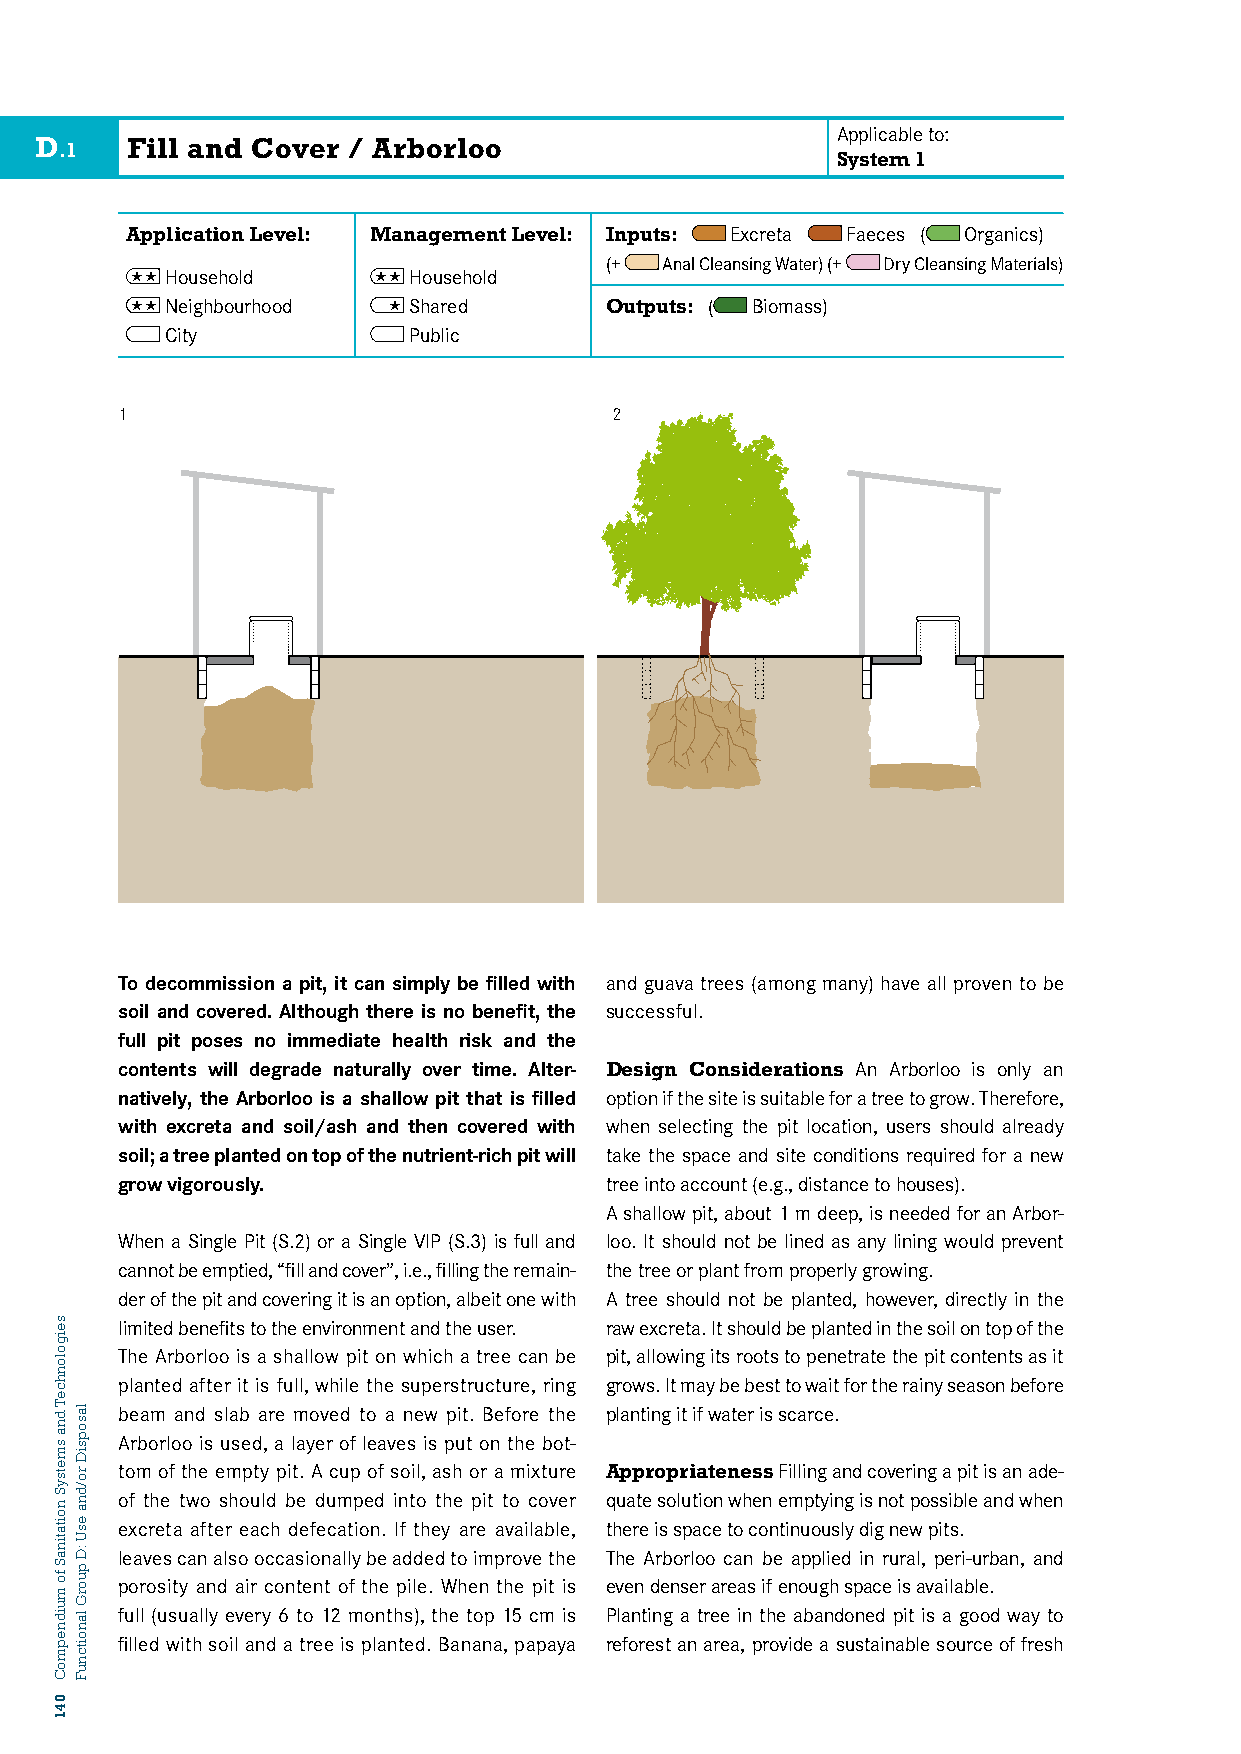
Applicable to:
 D     Fill and Cover / Arborloo
 .1
 System 1
 Application Level: Management Level: Inputs: Excreta Faeces ( Organics)
 (+  Anal Cleansing Water) (+ Dry Cleansing Materials)
  Household     Household
  Neighbourhood  Shared      Outputs: ( Biomass)
 D1: FCIiLtyL AND COVER 117 Public
 1                               2
 To decommission a pit, it can simply be filled with and guava trees (among many) have all proven to be
 soil and covered. Although there is no benefit, the successful.
 full pit poses no immediate health risk and the
 contents will degrade naturally over time. Alter- Design Considerations An Arborloo is only an
 natively, the Arborloo is a shallow pit that is filled option if the site is suitable for a tree to grow. Therefore,
 with excreta and soil/ash and then covered with when selecting the pit location, users should already
 soil; a tree planted on top of the nutrient-rich pit will take the space and site conditions required for a new
 grow vigorously.                tree into account (e.g., distance to houses).
 A shallow pit, about 1 m deep, is needed for an Arbor-
 When a Single Pit (S.2) or a Single VIP (S.3) is full and loo. It should not be lined as any lining would prevent
 cannot be emptied, “fill and cover”, i.e., filling the remain- the tree or plant from properly growing.
 der of the pit and covering it is an option, albeit one with A tree should not be planted, however, directly in the
 limited benefits to the environment and the user. raw excreta. It should be planted in the soil on top of the
 The Arborloo is a shallow pit on which a tree can be pit, allowing its roots to penetrate the pit contents as it
 planted after it is full, while the superstructure, ring grows. It may be best to wait for the rainy season before
 beam and slab are moved to a new pit. Before the planting it if water is scarce.
 Arborloo is used, a layer of leaves is put on the bot-
 tom of the empty pit. A cup of soil, ash or a mixture Appropriateness Filling and covering a pit is an ade-
 of the two should be dumped into the pit to cover quate solution when emptying is not possible and when
 excreta after each defecation. If they are available, there is space to continuously dig new pits.
 leaves can also occasionally be added to improve the The Arborloo can be applied in rural, peri-urban, and
 porosity and air content of the pile. When the pit is even denser areas if enough space is available.
 full (usually every 6 to 12 months), the top 15 cm is Planting a tree in the abandoned pit is a good way to
 filled with soil and a tree is planted. Banana, papaya reforest an area, provide a sustainable source of fresh
 seigolonhceT
 dna
 smetsyS
 noitatinaS
 fo
 muidnepmoC
 041
 lasopsiD
 ro/dna
 esU
 :D
 puorG
 lanoitcnuF